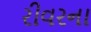
રીવરના